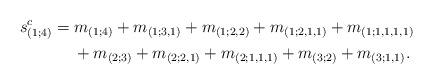
LaTeX: \begin{gather*}s^c_{(1;4)}=m_{(1;4)}+m_{(1;3,1)}+m_{(1;2,2)}+m_{(1;2,1,1)}+m_{(1;1,1,1,1)}\\\phantom{s^c_{(1;4)}=}{}+m_{(2;3)}+m_{(2;2,1)}+m_{(2;1,1,1)}+m_{(3;2)}+m_{(3;1,1)}.\end{gather*}